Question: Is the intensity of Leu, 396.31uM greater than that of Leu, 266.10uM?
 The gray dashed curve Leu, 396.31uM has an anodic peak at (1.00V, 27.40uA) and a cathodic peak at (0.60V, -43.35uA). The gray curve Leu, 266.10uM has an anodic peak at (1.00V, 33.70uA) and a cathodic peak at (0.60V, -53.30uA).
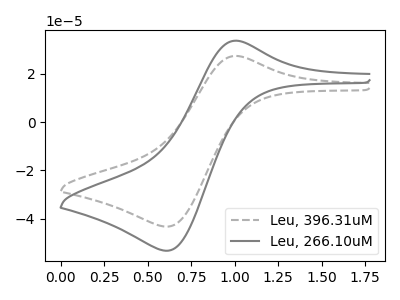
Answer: <think>All the peaks in "Leu, 396.31uM" have a peak in "Leu, 266.10uM" at the same potential. Every peak in "Leu, 396.31uM" is lower than every peak in "Leu, 266.10uM".
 </think>
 <answer>"Leu, 396.31uM" has less signal than "Leu, 266.10uM".</answer>
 <eval>less_signal</eval>